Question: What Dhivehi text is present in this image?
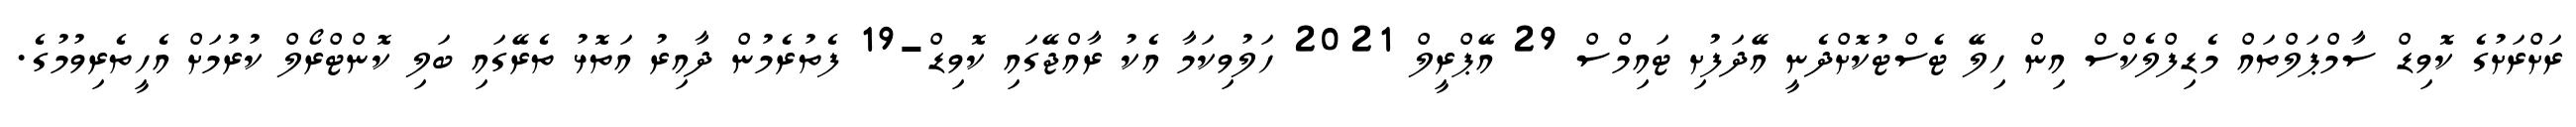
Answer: ރަށްރަށުގެ ކޮވިޑް ސާމްޕަލްތައް މެޑިފްލެކްސް އިން ހިލޭ ޓެސްޓުކޮށްދެނީ އޭދަފުށި ޓައިމްސް 29 އޭޕްރީލް 2021 ހަލުވިކަމާ އެކު ރާއްޖޭގައި ކޮވިޑް-19 ފެތުރެމުން ދާއިރު އަތޮޅު ތެރޭގައި ބަލި ކޮންޓްރޯލް ކުރުމަށް އެހީތެރިވުމުގެ.